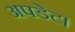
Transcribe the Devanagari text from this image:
अपडेट।